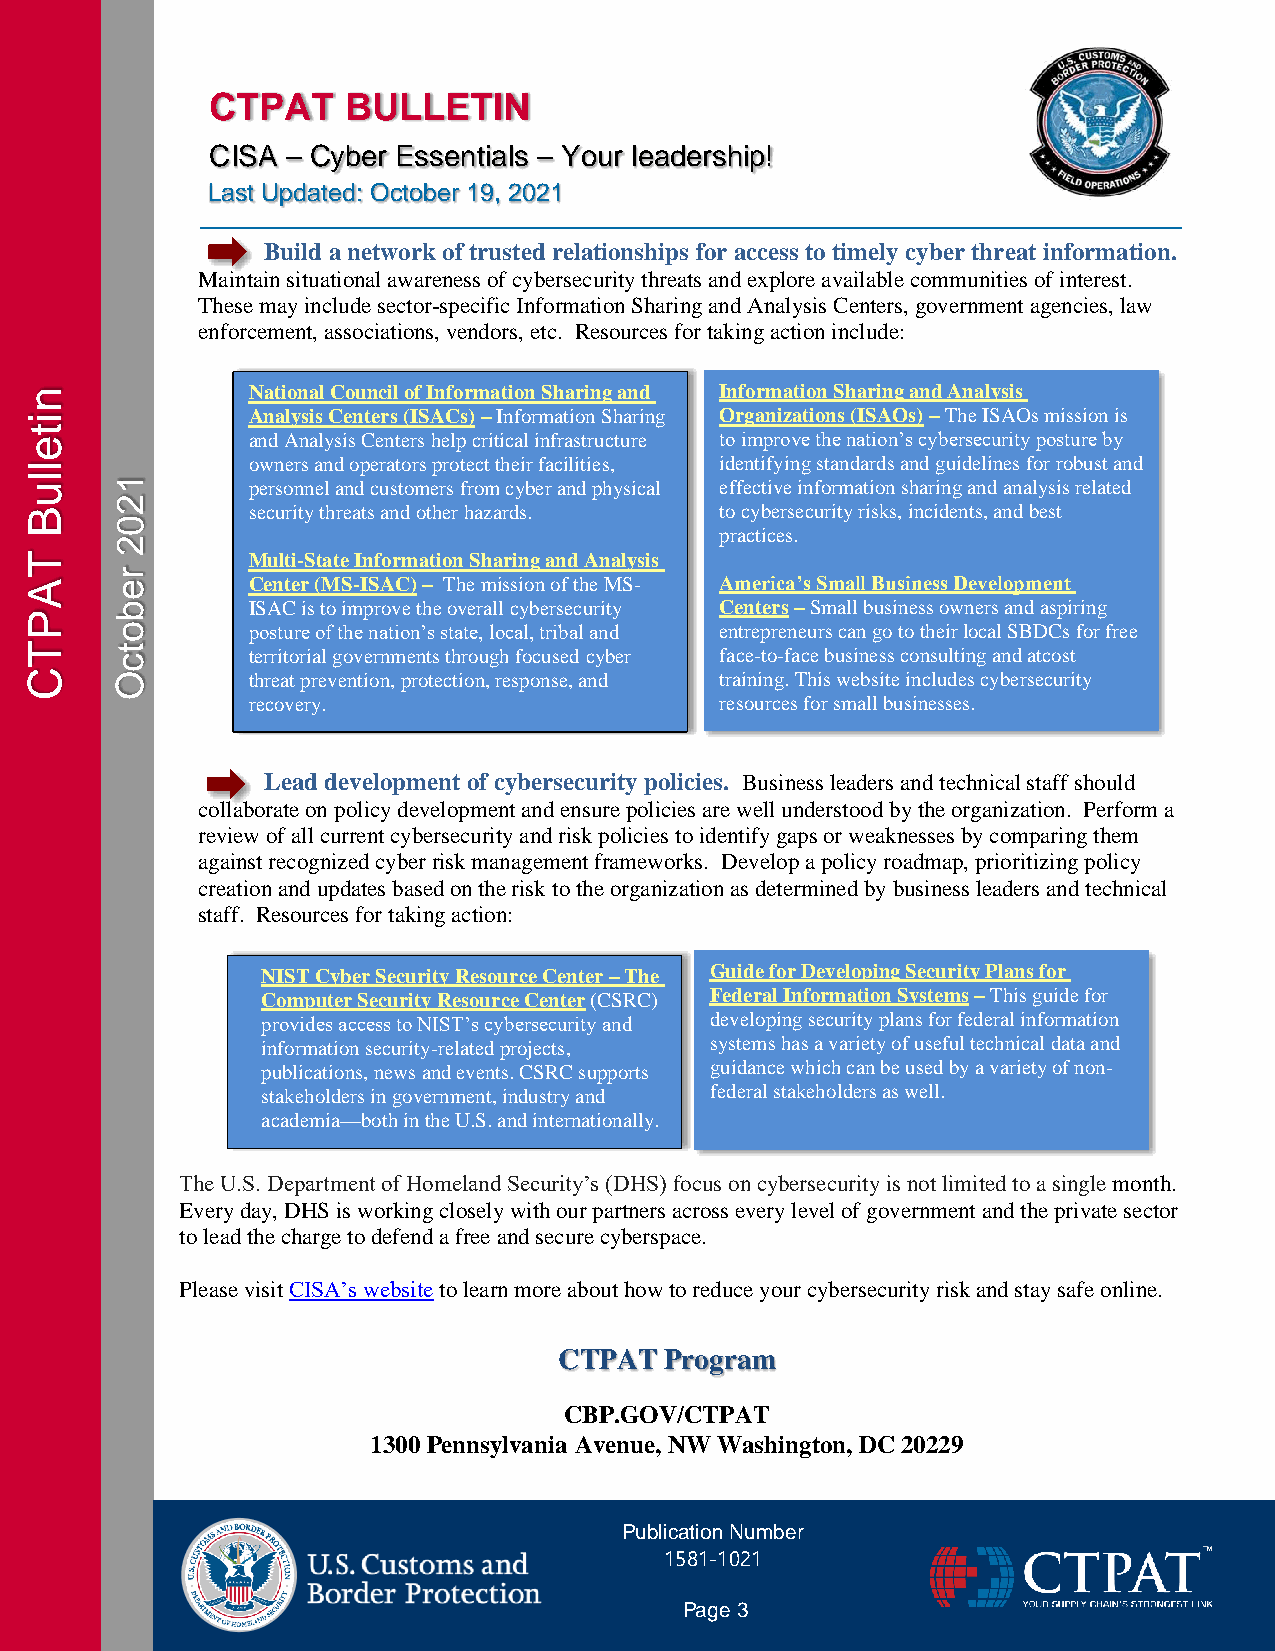
CTPAT    BULLETIN
 CISA – Cyber Essentials – Your leadership!
 Last Updated: October 19, 2021
 Build a network of trusted relationships for access to timely cyber threat information.
 Maintain situational awareness of cybersecurity threats and explore available communities of interest.
 These may include sector-specific Information Sharing and Analysis Centers, government agencies, law
 enforcement, associations, vendors, etc. Resources for taking action include:
 National Council of Information Sharing and Information Sharing and Analysis
 Analysis Centers (ISACs) – Information Sharing Organizations (ISAOs) – The ISAOs mission is
 and Analysis Centers help critical infrastructure to improve the nation’s cybersecurity posture by
 owners and operators protect their facilities, identifying standards and guidelines for robust and
 personnel and customers from cyber and physical effective information sharing and analysis related
 security threats and other hazards. to cybersecurity risks, incidents, and best
 practices.
 Multi-State Information Sharing and Analysis
 Center (MS-ISAC) – The mission of the MS- America’s Small Business Development
 ISAC is to improve the overall cybersecurity Centers – Small business owners and aspiring
 posture of the nation’s state, local, tribal and entrepreneurs can go to their local SBDCs for free
 territorial governments through focused cyber face-to-face business consulting and atcost
 threat prevention, protection, response, and training. This website includes cybersecurity
 recovery.                       resources for small businesses.
 Lead development of cybersecurity policies. Business leaders and technical staff should
 collaborate on policy development and ensure policies are well understood by the organization. Perform a
 review of all current cybersecurity and risk policies to identify gaps or weaknesses by comparing them
 against recognized cyber risk management frameworks. Develop a policy roadmap, prioritizing policy
 creation and updates based on the risk to the organization as determined by business leaders and technical
 staff. Resources for taking action:
 NIST Cyber Security Resource Center – The Guide for Developing Security Plans for
 Computer Security Resource Center (CSRC) Federal Information Systems – This guide for
 provides access to NIST’s cybersecurity and developing security plans for federal information
 information security-related projects, systems has a variety of useful technical data and
 publications, news and events. CSRC supports guidance which can be used by a variety of non-
 stakeholders in government, industry and federal stakeholders as well.
 academia—both in the U.S. and internationally.
 The U.S. Department of Homeland Security’s (DHS) focus on cybersecurity is not limited to a single month.
 Every day, DHS is working closely with our partners across every level of government and the private sector
 to lead the charge to defend a free and secure cyberspace.
 Please visit CISA’s website to learn more about how to reduce your cybersecurity risk and stay safe online.
 CTPAT  Program
 CBP.GOV/CTPAT
 1300 Pennsylvania Avenue, NW Washington, DC 20229
 Publication Number
 1581-1021
 Page 3
 nitelluB
 TAPTC
 1202
 rebotcO